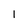
Character: 1